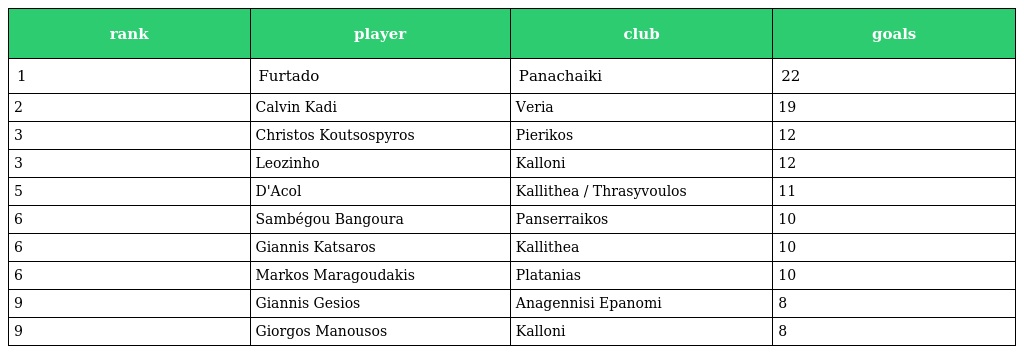
| rank | player | club | goals |
 | --- | --- | --- | --- |
 | 1 | Furtado | Panachaiki | 22 |
 | 2 | Calvin Kadi | Veria | 19 |
 | 3 | Christos Koutsospyros | Pierikos | 12 |
 | 3 | Leozinho | Kalloni | 12 |
 | 5 | D'Acol | Kallithea / Thrasyvoulos | 11 |
 | 6 | Sambégou Bangoura | Panserraikos | 10 |
 | 6 | Giannis Katsaros | Kallithea | 10 |
 | 6 | Markos Maragoudakis | Platanias | 10 |
 | 9 | Giannis Gesios | Anagennisi Epanomi | 8 |
 | 9 | Giorgos Manousos | Kalloni | 8 |